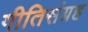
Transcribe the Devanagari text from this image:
गीतिसंग्रह